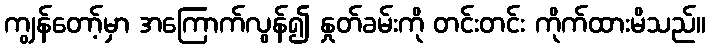
ကျွန်တော့်မှာ အကြောက်လွန်၍ နှုတ်ခမ်းကို တင်းတင်း ကိုက်ထားမိသည်။